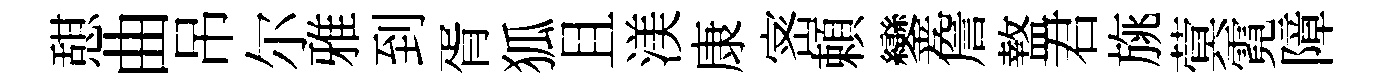
憇曲吊尔雅到胥狐且渼康宻頼鑾詹盩君旐蓂霓障